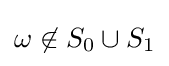
\omega \not \in S_{0}\cup S_{1}